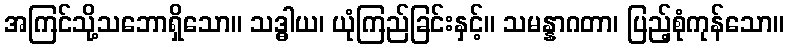
အကြင်သို့သဘောရှိသော။ သဒ္ဓါယ၊ ယုံကြည်ခြင်းနှင့်။ သမန္နာဂတာ၊ ပြည့်စုံကုန်သော။